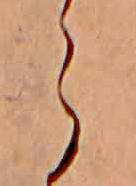
ら